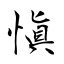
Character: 愼